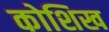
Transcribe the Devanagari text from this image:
कोशिख